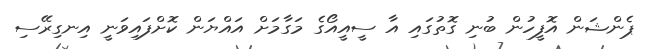
ޕެންޝަން އޮފީހުން ބުނި ގޮތުގައި އާ ސީއީއޯގެ މަގާމަށް އައްޔަން ކޮށްފައިވަނީ އިނގިރޭސި